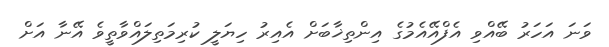
ވަނަ އަހަރު ބޭއްވި އެފްއޭއެމުގެ އިންތިޚާބަށް އެއިރު ހިޔަލީ ކުރިމަތިލައްވާތީވެ އޭނާ އަށް